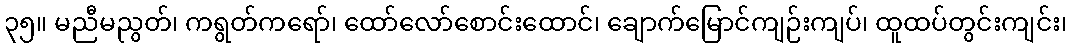
၃၅။ မညီမညွတ်၊ ကရွတ်ကရော်၊ ထော်လော်စောင်းထောင်၊ ချောက်မြောင်ကျဉ်းကျပ်၊ ထူထပ်တွင်းကျင်း၊